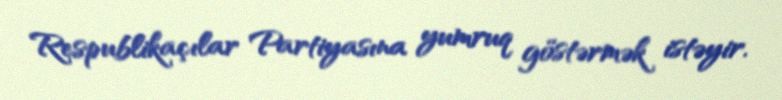
Respublikaçılar Partiyasına yumruq göstərmək istəyir.